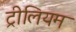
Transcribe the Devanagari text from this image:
ट्रीलियम